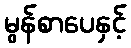
မွန်စာပေနှင့်